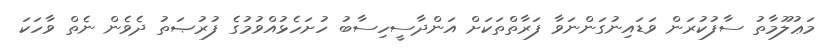
މަޢުލޫމާތު ސާފުކުރަން ވަޑައިނުގަންނަވާ ފަރާތްތަކަށް އަންދާސީހިސާބު ހުށަހެޅުއްވުމުގެ ފުރުޞަތު ދެވެން ނެތް ވާހަކަ